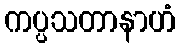
ကပ္ပသတာနာဟံ